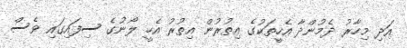
އަދި މިހާރު ދެމުންދާ އެހީތަކުގެ އިތުރުން އިތުރު އެހީ ލޯނުގެ ސިފައިގައި ވެސް